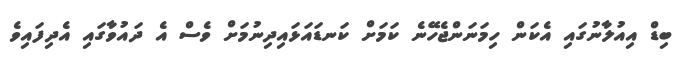
ބިޑް އިއުލާނުގައި އެކަން ހިމަނަންޖެހޭނެ ކަމަށް ކަނޑައަޅައިދިނުމަށް ވެސް އެ ދައުވާގައި އެދިފައިވެ